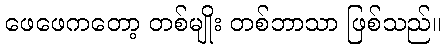
ဖေဖေကတော့ တစ်မျိုး တစ်ဘာသာ ဖြစ်သည်။